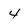
Character: 4